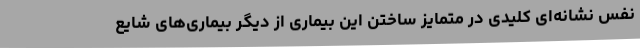
نفس نشانه‌ای کلیدی در متمایز ساختن این بیماری از دیگر بیماری‌های شایع